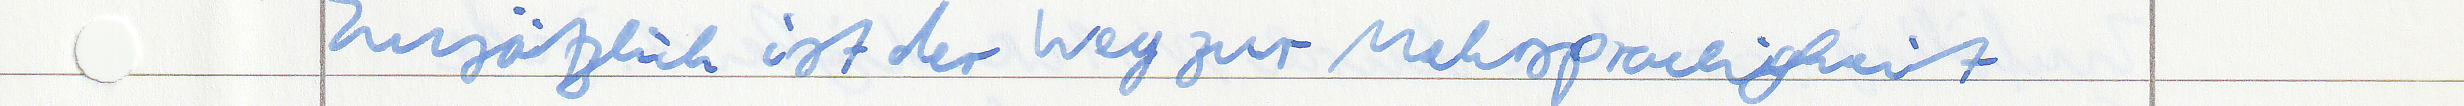
Zusätzlich ist der Weg zur Mehrsprachigkeit